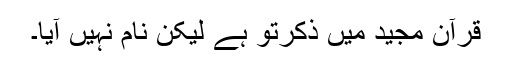
قرآن مجید میں ذکرتو ہے لیکن نام نہیں آیا۔